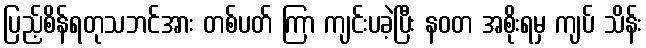
ပြည့်စိန်ရတုသဘင်အား တစ်ပတ် ကြာ ကျင်းပခဲ့ပြီး နဝတ အစိုးရမှ ကျပ် သိန်း